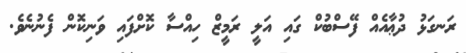
ރަނގަޅު ދުޢާއެއް ފޭސްބުކް ގައި އަލީ ރަމީޒް ހިއްސާ ކޮށްފައި ވަނިކޮން ފެނުނެވެ.